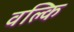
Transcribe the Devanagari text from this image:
वल्‍कि